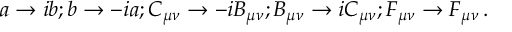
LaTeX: a \rightarrow i b ; b \rightarrow - i a ; C _ { \mu \nu } \rightarrow - i B _ { \mu \nu } ; B _ { \mu \nu } \rightarrow i C _ { \mu \nu } ; F _ { \mu \nu } \rightarrow F _ { \mu \nu } \, .